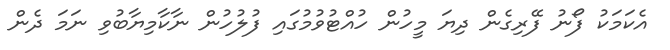
އެކަމަކު ފޯނު ފޭރިގެން ދިޔަ މީހުން ހުއްޓުވުމުގައި ފުލުހުން ނާކާމިޔާބުވި ނަމަ ދެން